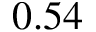
0 . 5 4